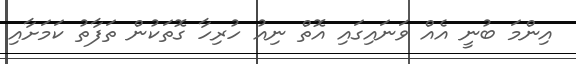
އިންމަ ބުނީ އެއް ވަނައިގައި އޮތް ނިއު ހުރިހާ ގޮތަކުން ތަފާތު ކަމަށާއި